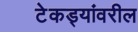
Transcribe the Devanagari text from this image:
टेकड्यांवरील